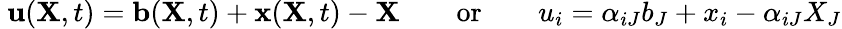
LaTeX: \ \mathbf{u}(\mathbf{X},t)=\mathbf{b}(\mathbf{X},t)+\mathbf{x}(\mathbf{X},t)-\mathbf{X}\qquad{\mathrm{or}}\qquad u_{i}=\alpha_{iJ}b_{J}+x_{i}-\alpha_{iJ}X_{J}